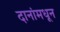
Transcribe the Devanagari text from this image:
दानांमधून